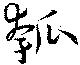
瓠